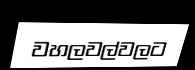
වහලවල්වලට